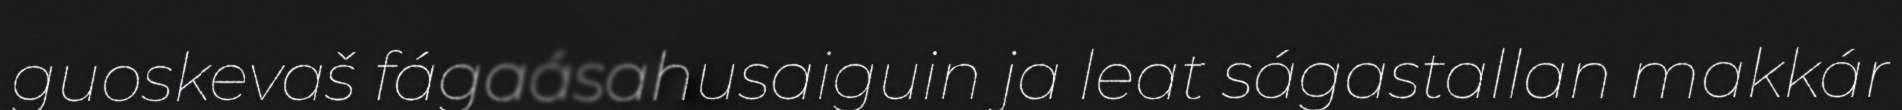
guoskevaš fágaásahusaiguin ja leat ságastallan makkár